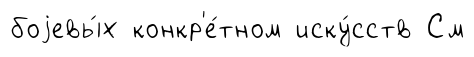
боjевы́х конкр'е́тном иску́сств См